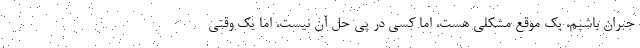
جبران باشیم، یک موقع مشکلی هست، اما کسی در پی حل آن نیست، اما یک وقتی